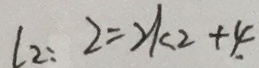
l _ { 2 } : 2 = 2 k _ { 2 } + 4 .